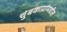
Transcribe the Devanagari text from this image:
चुंबकाग्रांमधील